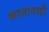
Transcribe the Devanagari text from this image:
कालानाडी